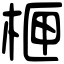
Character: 㭱